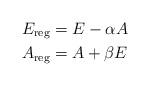
LaTeX: \begin{align*} E_{\rm reg} & = E - \alpha A \\ A_{\rm reg} & = A + \beta E \end{align*}